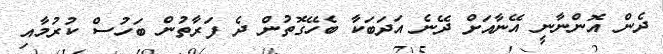
ދެން އޮންނާނީ އޭނާއަށް ދޭނެ އަދަބަކާ ބެހޭގޮތުން ދެ ފަރާތުން ބަހުސް ކުރުމާއި